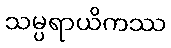
သမ္ပရာယိကဿ